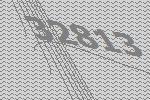
32813